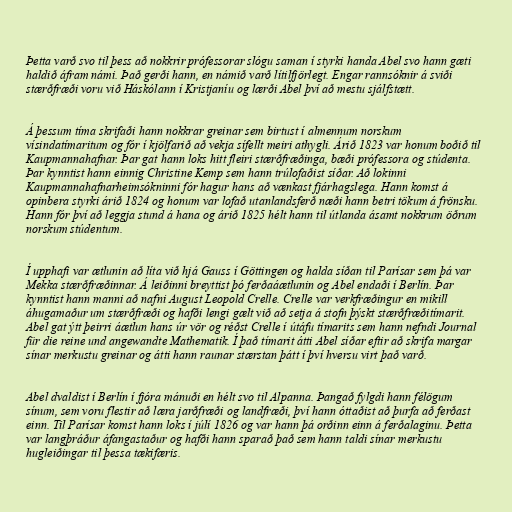
Þetta varð svo til þess að nokkrir prófessorar slógu saman í styrki handa Abel svo hann gæti
haldið áfram námi. Það gerði hann, en námið varð lítilfjörlegt. Engar rannsóknir á sviði
stærðfræði voru við Háskólann í Kristjaníu og lærði Abel því að mestu sjálfstætt.

Á þessum tíma skrifaði hann nokkrar greinar sem birtust í almennum norskum
vísindatímaritum og fór í kjölfarið að vekja sífellt meiri athygli. Árið 1823 var honum boðið til
Kaupmannahafnar. Þar gat hann loks hitt fleiri stærðfræðinga, bæði prófessora og stúdenta.
Þar kynntist hann einnig Christine Kemp sem hann trúlofaðist síðar. Að lokinni
Kaupmannahafnarheimsókninni fór hagur hans að vænkast fjárhagslega. Hann komst á
opinbera styrki árið 1824 og honum var lofað utanlandsferð næði hann betri tökum á frönsku.
Hann fór því að leggja stund á hana og árið 1825 hélt hann til útlanda ásamt nokkrum öðrum
norskum stúdentum.

Í upphafi var ætlunin að líta við hjá Gauss í Göttingen og halda síðan til Parísar sem þá var
Mekka stærðfræðinnar. Á leiðinni breyttist þó ferðaáætlunin og Abel endaði í Berlín. Þar
kynntist hann manni að nafni August Leopold Crelle. Crelle var verkfræðingur en mikill
áhugamaður um stærðfræði og hafði lengi gælt við að setja á stofn þýskt stærðfræðitímarit.
Abel gat ýtt þeirri áætlun hans úr vör og réðst Crelle í útáfu tímarits sem hann nefndi Journal
für die reine und angewandte Mathematik. Í það tímarit átti Abel síðar eftir að skrifa margar
sínar merkustu greinar og átti hann raunar stærstan þátt í því hversu virt það varð.

Abel dvaldist í Berlín í fjóra mánuði en hélt svo til Alpanna. Þangað fylgdi hann félögum
sínum, sem voru flestir að læra jarðfræði og landfræði, því hann óttaðist að þurfa að ferðast
einn. Til Parísar komst hann loks í júlí 1826 og var hann þá orðinn einn á ferðalaginu. Þetta
var langþráður áfangastaður og hafði hann sparað það sem hann taldi sínar merkustu
hugleiðingar til þessa tækifæris.